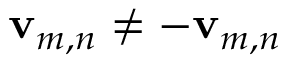
\mathbf { v } _ { m , n } \neq - \mathbf { v } _ { m , n }